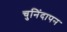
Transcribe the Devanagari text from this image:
चुनिंदापन